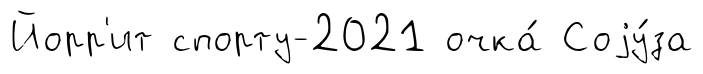
Йорр'ит спорту-2021 очка́ Соjу́за